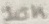
Text: 10K